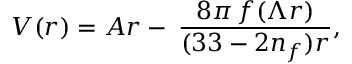
V ( r ) = A r - \: \frac { 8 \pi \, f ( \Lambda r ) } { ( 3 3 - 2 n _ { f } ) r } ,